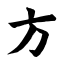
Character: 方